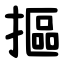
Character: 摳